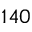
1 4 0